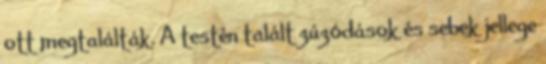
ott megtalálták. A testén talált zúzódások és sebek jellege